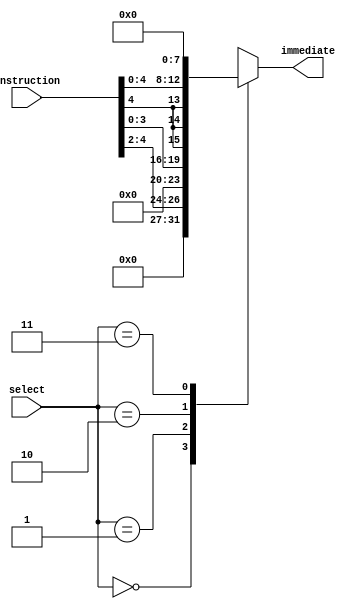
module immediate_extractor (input [7:0] instruction, input [1:0] select, output reg [7:0] immediate);
//mux
always @(*) begin
	case(select)
		2'b00:immediate<={{5{1'b0}},instruction[4:2]};
		2'b01:immediate<={{4{1'b0}},instruction[3:0]};
		2'b10:immediate<={{3{instruction[4]}},instruction[4:0]};
		2'b11:immediate<=8'b0;
		default:immediate<={{5{1'b0}},instruction[4:2]}; //error case
	endcase
end


endmodule